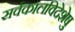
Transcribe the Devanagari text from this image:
सर्वकालविदेशेषु